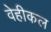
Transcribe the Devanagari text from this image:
वेहीकल